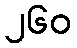
၂၆၀